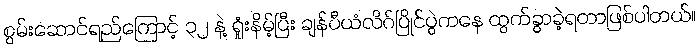
စွမ်းဆောင်ရည်ကြောင့် ၃၂ နဲ့ ရှုံးနိမ့်ပြီး ချန်ပီယံလိဂ်ပြိုင်ပွဲကနေ ထွက်ခွာခဲ့ရတာဖြစ်ပါတယ်။